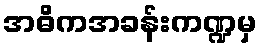
အဓိကအခန်းကဏ္ဍမှ